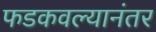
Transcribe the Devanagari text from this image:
फडकवल्यानंतर